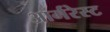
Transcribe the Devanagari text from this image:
आर्मरेस्ट